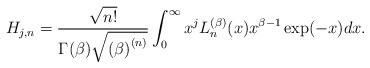
LaTeX: \begin{align*}H_{j,n}=\frac{\sqrt{n!}}{\Gamma (\beta )\sqrt{\left( \beta \right) ^{\left(n\right) }}}\int_{0}^{\infty }x^{j}L_{n}^{(\beta )}(x)x^{\beta -1}\exp(-x)dx. \end{align*}